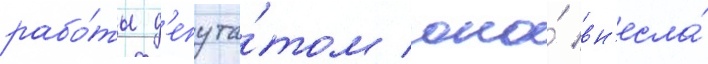
рабо́ты д'епута́том она́ вн'есла́